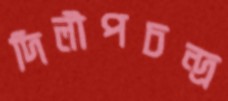
দিলীপচন্দ্র